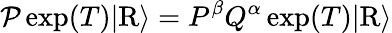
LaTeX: \mathcal{P}\exp(T)\vert\mathrm{R}\rangle=P^{\beta}Q^{\alpha}\exp(T)\vert\mathrm{R}\rangle